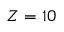
Z = 1 0